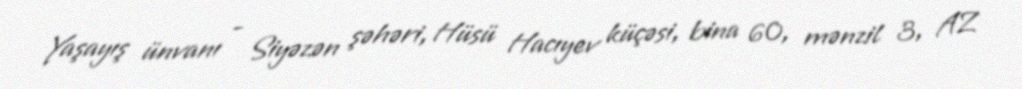
Yaşayış ünvanı - Siyəzən şəhəri, Hüsü Hacıyev küçəsi, bina 60, mənzil 3, AZ